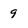
Character: 9